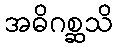
အဓိဂစ္ဆသိ